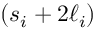
( s _ { i } + 2 \ell _ { i } )